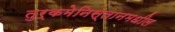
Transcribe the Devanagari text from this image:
तुर्कमेनिस्तानमधील